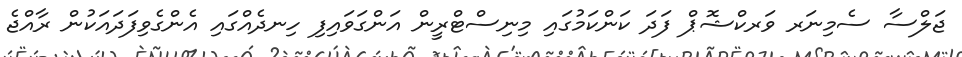
ޖަލްސާ ސެމިނަރ ވަރކްޝޮޕް ފަދަ ކަންކަމުގައި މިނިސްޓްރީން އަންގަވައިފި ހިނދެއްގައި އެންގެވިފަދައަކުން ރާއްޖެ